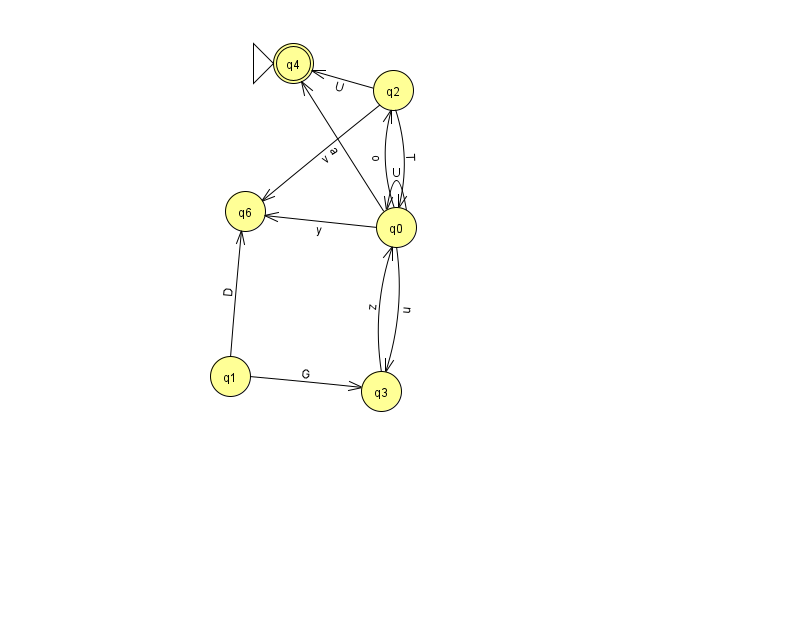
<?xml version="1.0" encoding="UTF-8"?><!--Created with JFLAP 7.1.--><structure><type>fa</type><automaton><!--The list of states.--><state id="0" name="q0"><x>396.0</x><y>214.0</y></state><state id="1" name="q1"><x>230.0</x><y>363.0</y></state><state id="2" name="q2"><x>393.0</x><y>77.0</y></state><state id="3" name="q3"><x>381.0</x><y>378.0</y></state><state id="4" name="q4"><x>293.0</x><y>50.0</y><initial/><final/></state><state id="6" name="q6"><x>245.0</x><y>198.0</y></state><!--The list of transitions.--><transition><from>0</from><to>6</to><read>y</read></transition><transition><from>2</from><to>0</to><read>T</read></transition><transition><from>0</from><to>0</to><read>U</read></transition><transition><from>3</from><to>0</to><read>z</read></transition><transition><from>1</from><to>3</to><read>G</read></transition><transition><from>1</from><to>6</to><read>D</read></transition><transition><from>0</from><to>3</to><read>u</read></transition><transition><from>2</from><to>4</to><read>U</read></transition><transition><from>2</from><to>6</to><read>v</read></transition><transition><from>0</from><to>2</to><read>o</read></transition><transition><from>0</from><to>4</to><read>a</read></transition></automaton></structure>